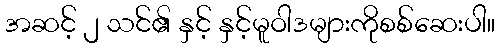
အဆင့် ၂ သင်၏ နှင့် နှင့်မူဝါဒများကိုစစ်ဆေးပါ။